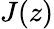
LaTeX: J(z)